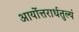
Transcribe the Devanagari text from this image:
आर्योत्तरार्धतुल्यं